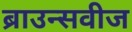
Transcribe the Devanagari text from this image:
ब्राउन्सवीज